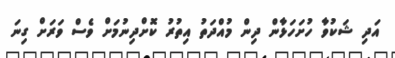
އަދި ޝަކުވާ ހުށަހަޅާން ދިން މުއްދަތު އިތުރު ކޮށްދިނުމަށް ވެސް ވަރަށް ގިނަ